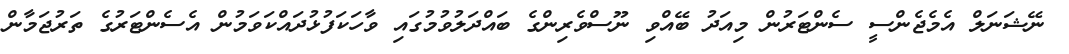
ނޭޝަނަލް އެމެޖެންސީ ސެންޓަރުން މިއަދު ބޭއްވި ނޫސްވެރިންގެ ބައްދަލުވުމުގައި ވާހަކަފުޅުދައްކަވަމުން އެސެންޓަރުގެ ތަރުޖަމާން